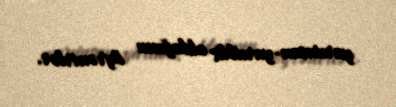
yarıinsan-yarıiblis olduğunu öyrənirlər.